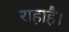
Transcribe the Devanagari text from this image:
राहाहै।